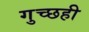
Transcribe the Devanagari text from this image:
गुच्छही